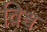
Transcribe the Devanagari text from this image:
विश्व